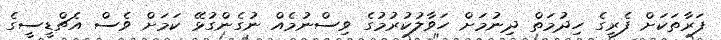
ފަރާތަކަށް ފެރީގެ ހިދުމަތް ދިނުމަށް ހަވާލުކުރުމުގެ ވިސްނުމެއް ނުގެންގުޅޭ ކަމަށް ވެސް އެޗްޑީސީގެ